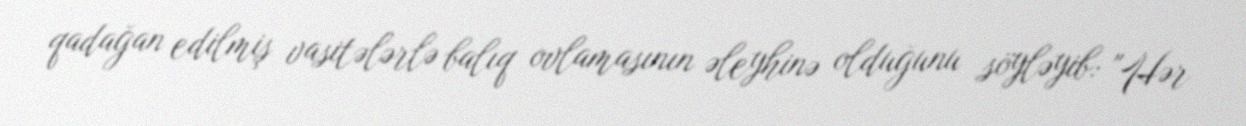
qadağan edilmiş vasitələrlə balıq ovlamasının əleyhinə olduğunu söyləyib: "Hər